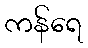
ကန်ရေ